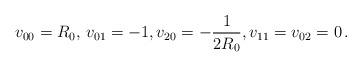
LaTeX: \begin{align*}v_{00} = R_0, \, v_{01} = - 1, v_{20} = - \frac{1}{2R_0} , v_{11} = v_{02} = 0\, .\end{align*}